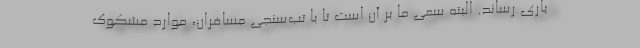
یاری رساند. البته سعی ما بر آن است تا با تب‌سنجی مسافران، موارد مشکوک